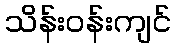
သိန်းဝန်းကျင်